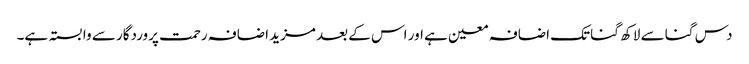
دس گنا سے لاکھ گنا تک اضافہ معین ہے اور اس کے بعد مزید اضافہ رحمت پروردگار سے وابستہ ہے۔